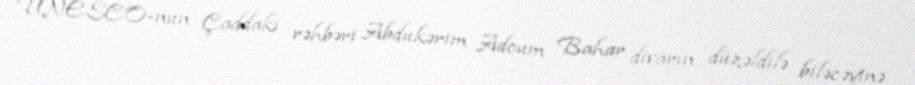
UNESCO-nun Çaddakı rəhbəri Abdukərim Adoum Bahar divarın düzəldilə biləcəyinə